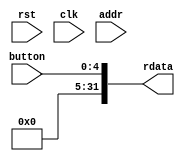
`timescale 1ns/1ps

module interface_button (
    input wire rst,
    input wire clk,
    input wire [11:0] addr,
    input wire [4:0] button,
    output reg [31:0] rdata
);

always @(*) begin
    rdata = {27'b0, button};
end
    
endmodule